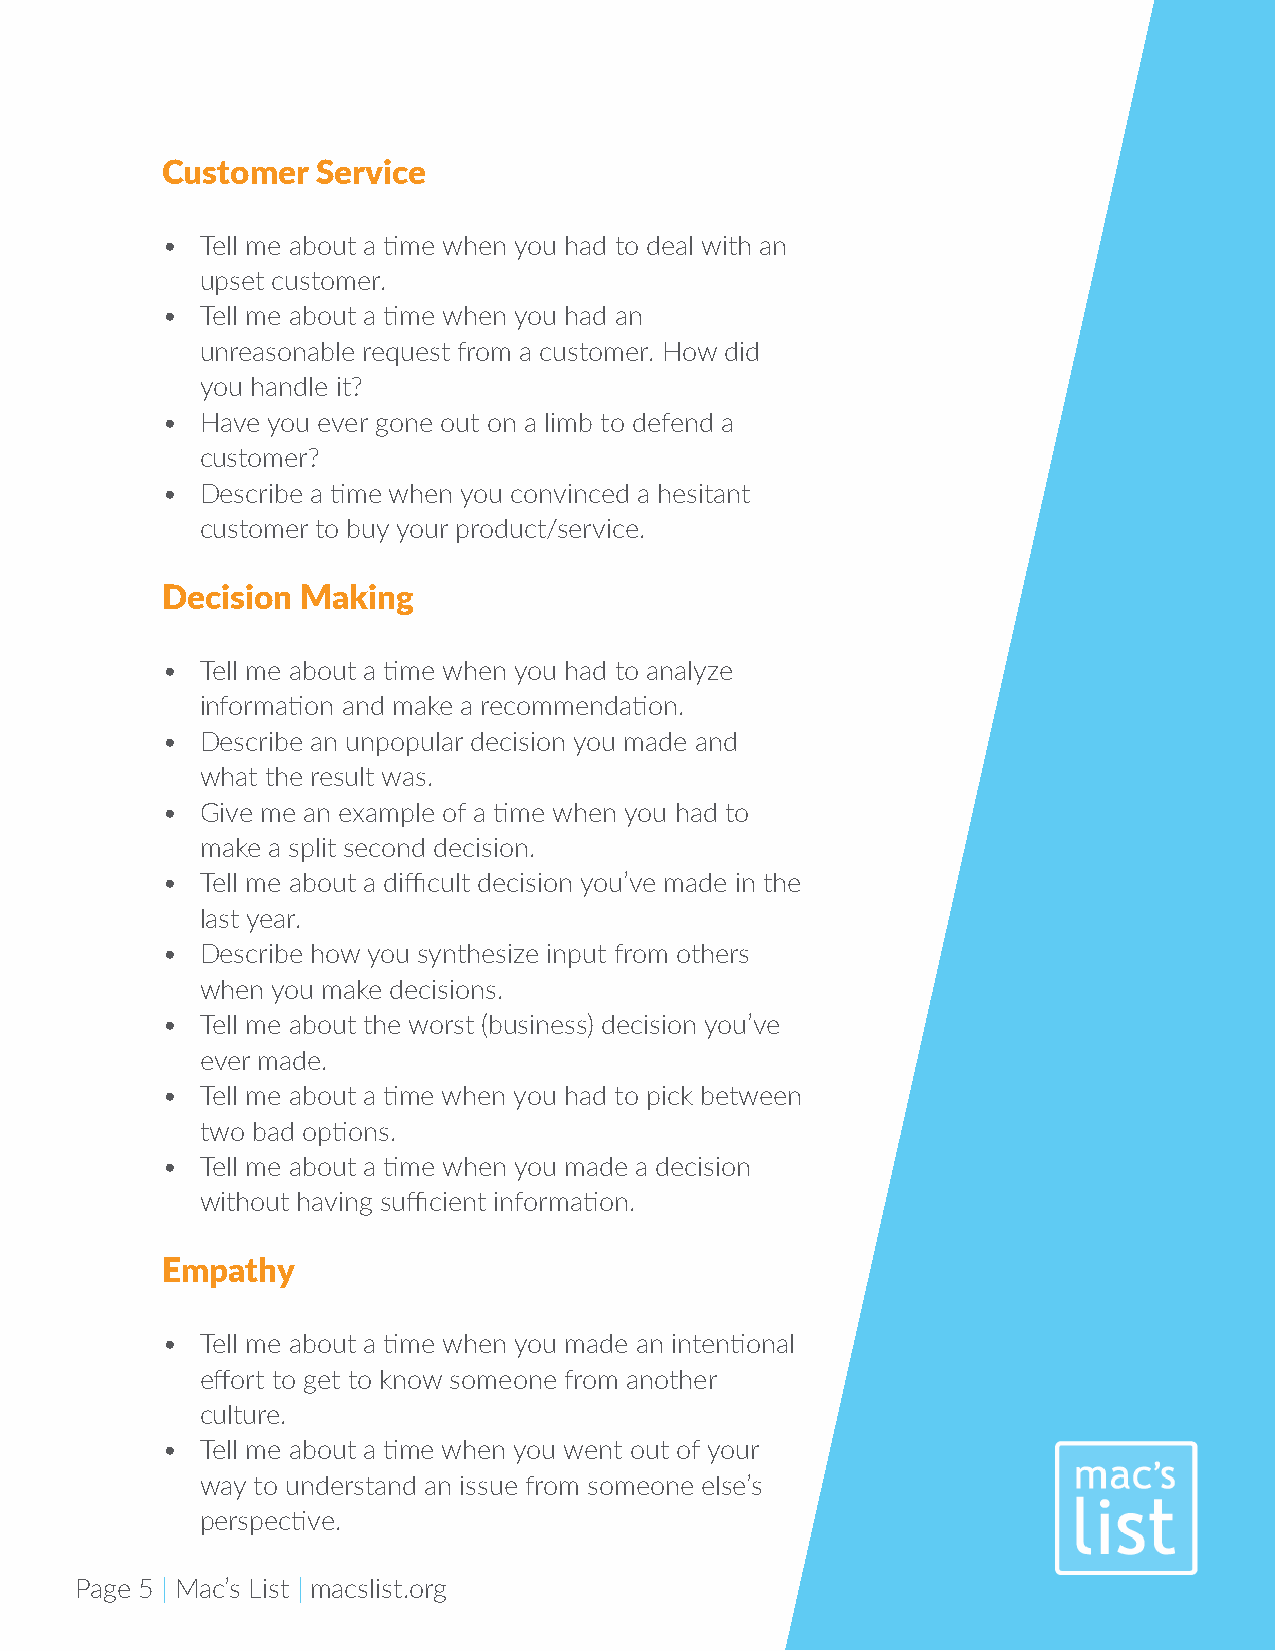
Customer  Service
 • Tell me about a time when you had to deal with an
 upset customer.
 • Tell me about a time when you had an
 unreasonable request from a customer. How did
 you handle it?
 • Have you ever gone out on a limb to defend a
 customer?
 • Describe a time when you convinced a hesitant
 customer to buy your product/service.
 Decision Making
 • Tell me about a time when you had to analyze
 information and make a recommendation.
 • Describe an unpopular decision you made and
 what the result was.
 • Give me an example of a time when you had to
 make a split second decision.
 • Tell me about a difficult decision you’ve made in the
 last year.
 • Describe how you synthesize input from others
 when you make decisions.
 • Tell me about the worst (business) decision you’ve
 ever made.
 • Tell me about a time when you had to pick between
 two bad options.
 • Tell me about a time when you made a decision
 without having sufficient information.
 Empathy
 • Tell me about a time when you made an intentional
 effort to get to know someone from another
 culture.
 • Tell me about a time when you went out of your
 way to understand an issue from someone else’s
 perspective.
 Page 5 | Mac’s List | macslist.org